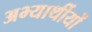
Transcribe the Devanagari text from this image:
अभ्यार्थीयों